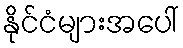
နိုင်ငံများအပေါ်